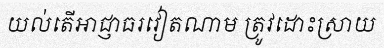
យល់តើអាជ្ញាធរវៀតណាម ត្រូវដោះស្រាយ